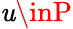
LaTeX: \mathit{u}\inP